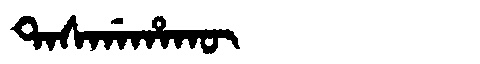
Manchu: ᡨᠠᠰᡤᠠᡥᠠᡴᡡ
Romanization: TASGAHAKŪ